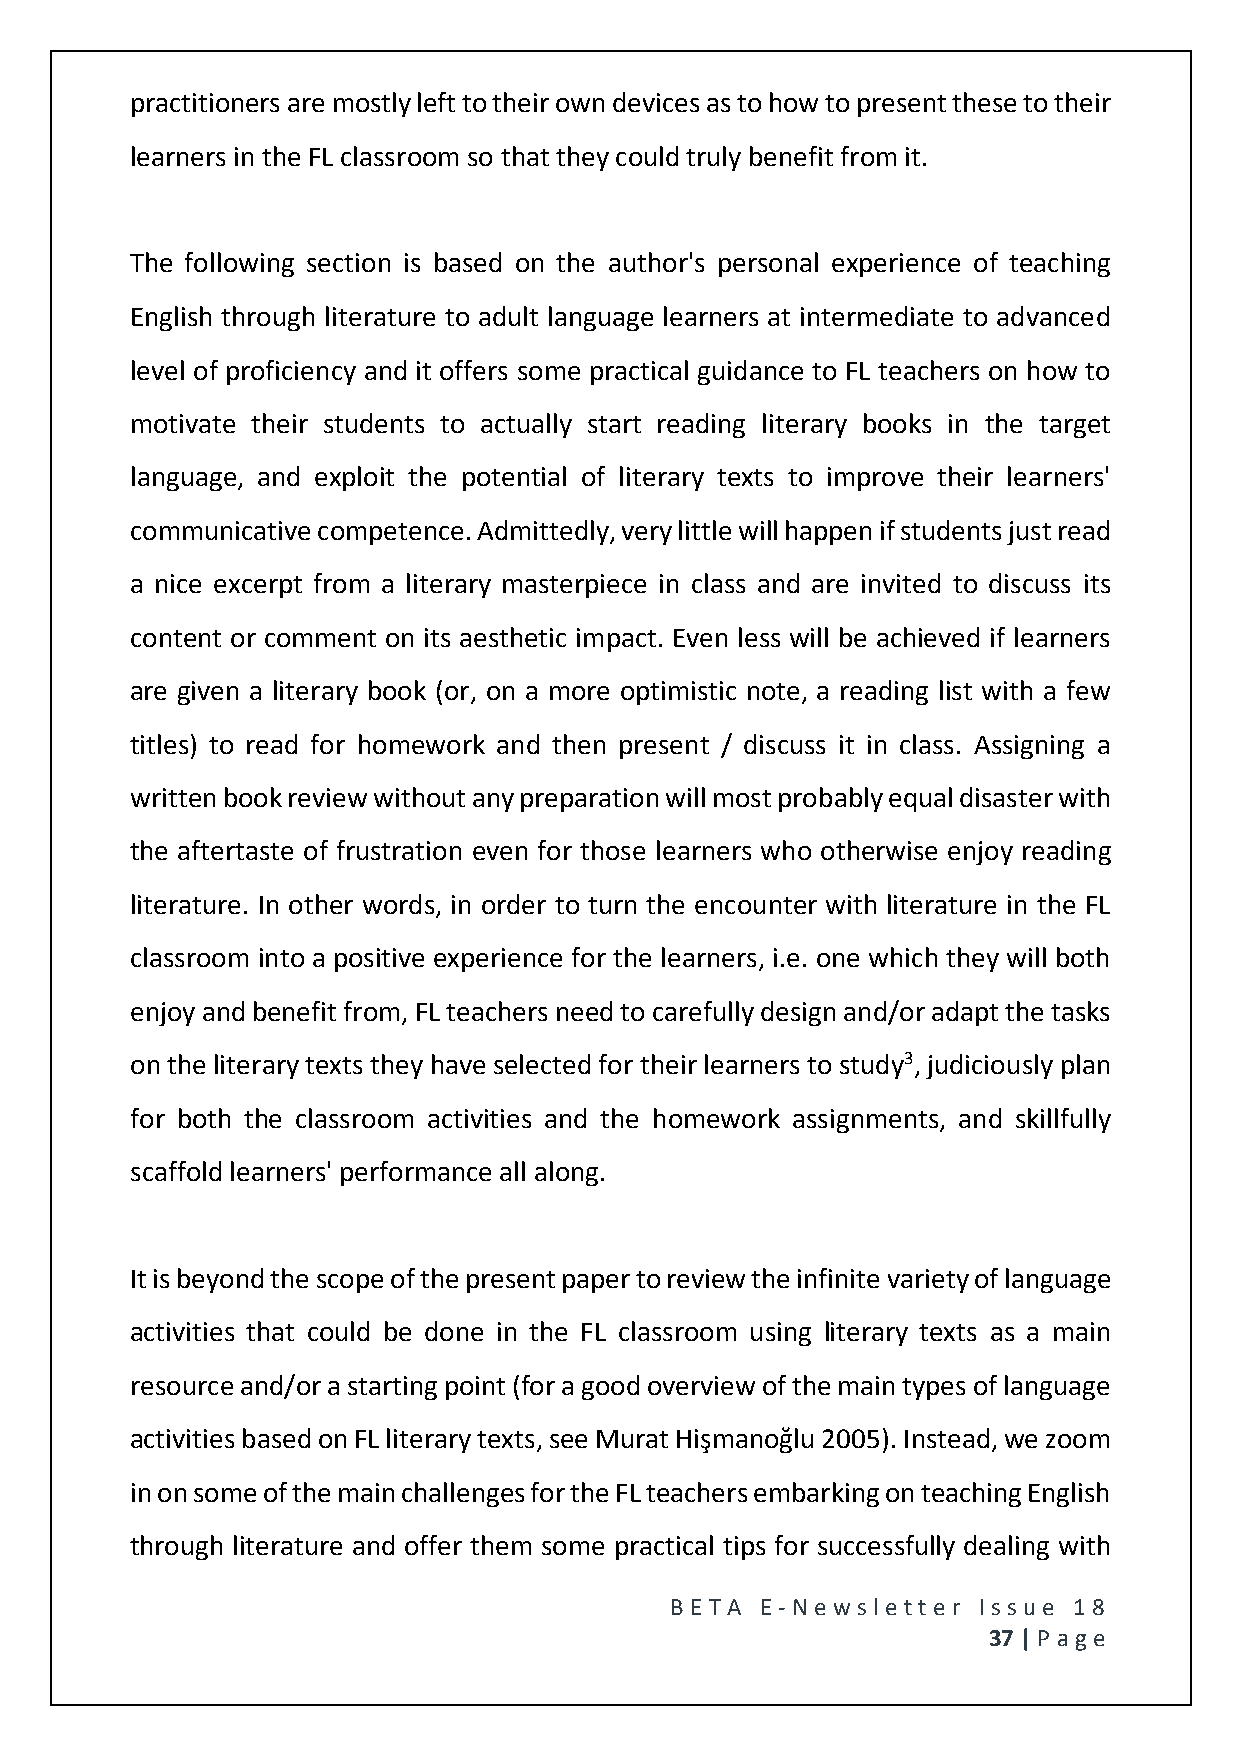
practitioners are mostly left to their own devices as to how to present these to their
 learners in the FL classroom so that they could truly benefit from it.
 The following section is based on the author's personal experience of teaching
 English through literature to adult language learners at intermediate to advanced
 level of proficiency and it offers some practical guidance to FL teachers on how to
 motivate their students to actually start reading literary books in the target
 language, and exploit the potential of literary texts to improve their learners'
 communicative competence. Admittedly, very little will happen if students just read
 a nice excerpt from a literary masterpiece in class and are invited to discuss its
 content or comment on its aesthetic impact. Even less will be achieved if learners
 are given a literary book (or, on a more optimistic note, a reading list with a few
 titles) to read for homework and then present / discuss it in class. Assigning a
 written book review without any preparation will most probably equal disaster with
 the aftertaste of frustration even for those learners who otherwise enjoy reading
 literature. In other words, in order to turn the encounter with literature in the FL
 classroom into a positive experience for the learners, i.e. one which they will both
 enjoy and benefit from, FL teachers need to carefully design and/or adapt the tasks
 on the literary texts they have selected for their learners to study3, judiciously plan
 for both the classroom activities and the homework assignments, and skillfully
 scaffold learners' performance all along.
 It is beyond the scope of the present paper to review the infinite variety of language
 activities that could be done in the FL classroom using literary texts as a main
 resource and/or a starting point (for a good overview of the main types of language
 activities based on FL literary texts, see Murat Hişmanoğlu 2005). Instead, we zoom
 in on some of the main challenges for the FL teachers embarking on teaching English
 through literature and offer them some practical tips for successfully dealing with
 BE T A E -N e wsle tt e r Issue 18
 37 | P age